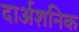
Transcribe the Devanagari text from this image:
दार्अशनिक